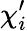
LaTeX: {\mathbf\chi}_{i}^{\prime}